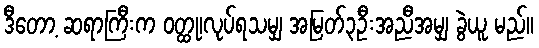
ဒီတော့ ဆရာကြီးက ဝတ္ထု၊လုပ်ရသမျှ အမြတ်၃ဦးအညီအမျှ ခွဲယူ မည်။